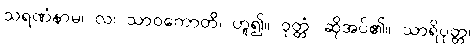
သရဏံနာမ၊ လ၊ သာဝကောတိ၊ ဟူ၍။ ဝုတ္တံ၊ ဆိုအပ်၏။ သာရိပုတ္တ၊